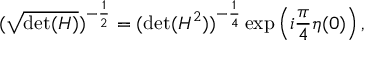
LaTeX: ( \sqrt { \mathrm { d e t } ( H ) } ) ^ { - \frac { 1 } { 2 } } = ( \mathrm { d e t } ( H ^ { 2 } ) ) ^ { - \frac { 1 } { 4 } } \exp \left( i \frac { \pi } { 4 } \eta ( 0 ) \right) ,